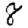
Digit: 8